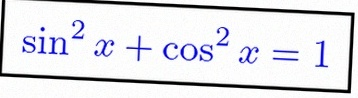
\sin^2x+\cos^2x=1